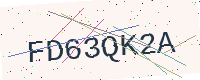
Text: FD63QK2A